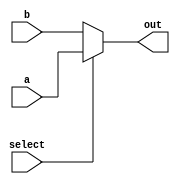
module conditional_assignment (
    input wire a,         // Input signal a
    input wire b,         // Input signal b
    input wire select,    // Condition signal
    output wire out       // Output signal
);

// Continuous assignment using the ternary operator
assign out = (select) ? a : b; // If select is true, out gets a; otherwise, it gets b

endmodule